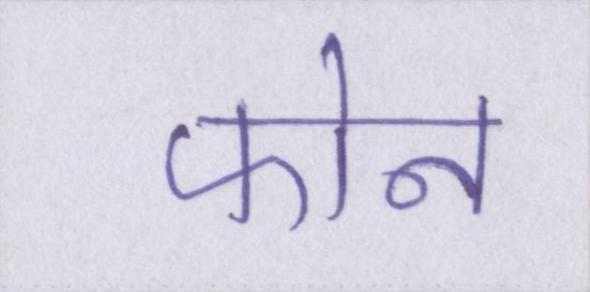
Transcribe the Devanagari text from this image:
फोन